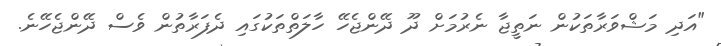
"އަދި މަޝްވަރާތަކުން ނަތީޖާ ނެރުމަށް ދޫ ދޭންޖެހޭ ހާލަތްތަކުގައި ދެފަރާތުން ވެސް ދޭންޖެހޭނެ.